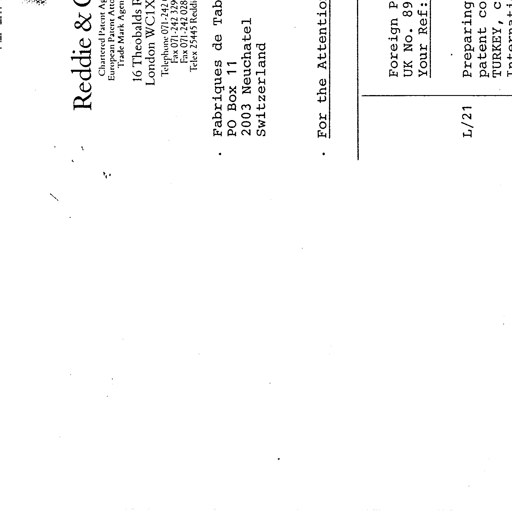
Reddie & G
Chartered Patent Ag
European Patent Atto
Trade Mark Agen
16 Theobalds R
London WC1X
Telephone 071-242
Fax 071-242 329
Fax 071-242 028
Telex 25445 Reddi
Fabriques de Tab
PO Box 11
2003 Neuchatel
Switzerland
For the Attentio
Foreign P
UK No. 89
Your Ref
L/21
Preparing
patent co
TURKEY, c
Internati